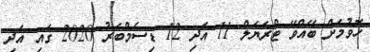
ހޮވުމަށް ބޭއްވޭ ޓްރަޔަލް 11 އަދި 12 ޑިސެމްބަރު 2020 ގައި އަދި